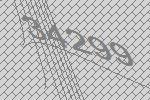
34299